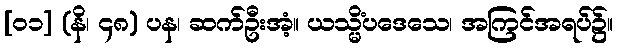
[၀၁] (နိ၊ ၄၈) ပန၊ ဆက်ဦးအံ့။ ယသ္မိံပဒေသေ၊ အကြင်အရပ်၌။